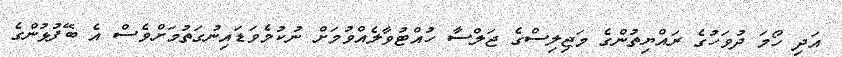
އަދި ހޯމަ ދުވަހުގެ ރައްޔިތުންގެ މަޖިލިސްގެ ޖަލްސާ ހުއްޓުވާލެއްވުމަށް ނުކުމެވަޑައިނުގަތުމަށްވެސް އެ ބޭފުޅުންގެ